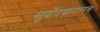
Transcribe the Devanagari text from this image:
सूर्योदयानंतरच